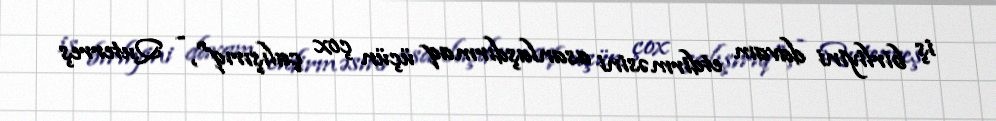
iş birliyini davam etdirməsini asanlaşdırmaq üçün çox çalışırıq", - Quterreş